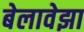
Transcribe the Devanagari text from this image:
बेलावेझा